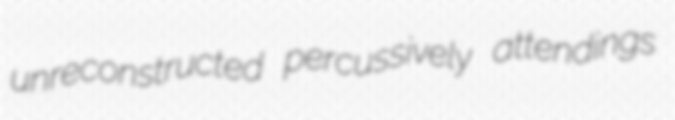
unreconstructed percussively attendings